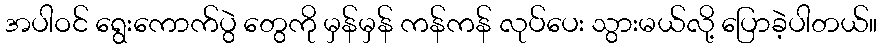
အပါဝင် ရွေးကောက်ပွဲ တွေကို မှန်မှန် ကန်ကန် လုပ်ပေး သွားမယ်လို့ ပြောခဲ့ပါတယ်။